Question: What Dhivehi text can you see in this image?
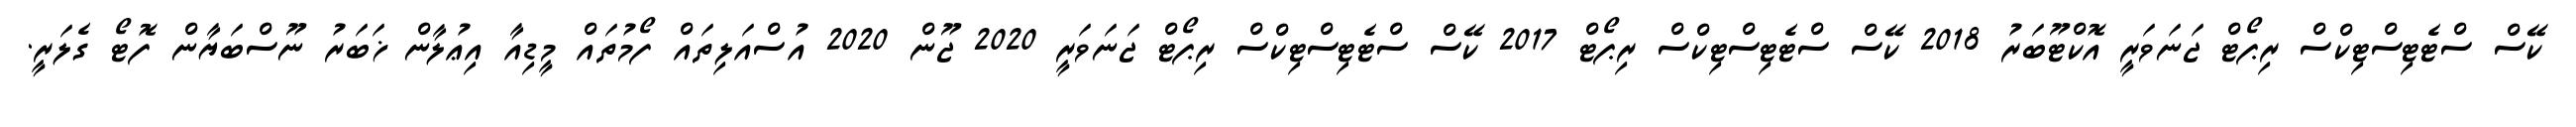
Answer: ކޭސް ސްޓެޓިސްޓިކްސް ރިޕޯޓް ޖަނަވަރީ އޮކްޓޫބަރު 2018 ކޭސް ސްޓެޓިސްޓިކްސް ރިޕޯޓް 2017 ކޭސް ސްޓެޓިސްޓިކްސް ރިޕޯޓް ޖަނަވަރީ 2020 ޖޫން 2020 އުސްއަލިތައް ފޯމުތައް މީޑިއާ އިޢުލާން ޚަބަރު ނޫސްބަޔާން ފޮޓޯ ގެލަރީ.